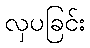
လှပခြင်း